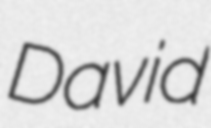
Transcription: David